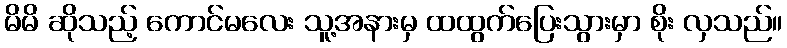
မိမိ ဆိုသည့် ကောင်မလေး သူ့အနားမှ ထထွက်ပြေးသွားမှာ စိုး လှသည်။